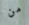
من